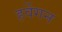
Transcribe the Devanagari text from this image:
हर्वेगन